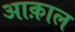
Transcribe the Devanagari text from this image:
आक़ाल